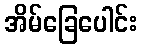
အိမ်ခြေပေါင်း